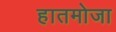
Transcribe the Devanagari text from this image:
हातमोजा